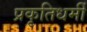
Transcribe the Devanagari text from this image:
प्रकृतिधर्मी